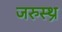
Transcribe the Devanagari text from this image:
जरुस्थ्र